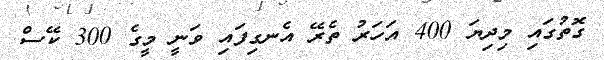
ގޮތުގައި މިދިޔަ 400 އަހަރު ތެރޭ އެނގިފައި ވަނީ މީގެ 300 ކޭސް